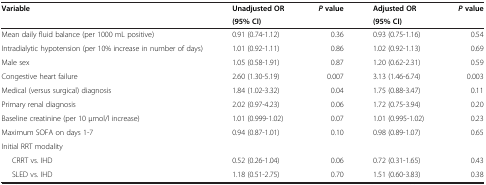
<table><thead><tr><td rowspan="2"><b>Variable</b></td><td><b>Unadjusted OR</b></td><td rowspan="2"><b><i>P</i>value</b></td><td><b>Adjusted OR</b></td><td rowspan="2"><b><i>P</i>value</b></td></tr><tr><td><b>(95% CI)</b></td><td><b>(95% CI)</b></td></tr></thead><tbody><tr><td>Mean daily fluid balance (per 1000 mL positive)</td><td>0.91 (0.74-1.12)</td><td>0.36</td><td>0.93 (0.75-1.16)</td><td>0.54</td></tr><tr><td>Intradialytic hypotension (per 10% increase in number of days)</td><td>1.01 (0.92-1.11)</td><td>0.86</td><td>1.02 (0.92-1.13)</td><td>0.69</td></tr><tr><td>Male sex</td><td>1.05 (0.58-1.91)</td><td>0.87</td><td>1.20 (0.62-2.31)</td><td>0.59</td></tr><tr><td>Congestive heart failure</td><td>2.60 (1.30-5.19)</td><td>0.007</td><td>3.13 (1.46-6.74)</td><td>0.003</td></tr><tr><td>Medical (versus surgical) diagnosis</td><td>1.84 (1.02-3.32)</td><td>0.04</td><td>1.75 (0.88-3.47)</td><td>0.11</td></tr><tr><td>Primary renal diagnosis</td><td>2.02 (0.97-4.23)</td><td>0.06</td><td>1.72 (0.75-3.94)</td><td>0.20</td></tr><tr><td>Baseline creatinine (per 10 μmol/l increase)</td><td>1.01 (0.999-1.02)</td><td>0.07</td><td>1.01 (0.995-1.02)</td><td>0.23</td></tr><tr><td>Maximum SOFA on days 1-7</td><td>0.94 (0.87-1.01)</td><td>0.10</td><td>0.98 (0.89-1.07)</td><td>0.65</td></tr><tr><td colspan="5">Initial RRT modality</td></tr><tr><td>CRRT vs. IHD</td><td>0.52 (0.26-1.04)</td><td>0.06</td><td>0.72 (0.31-1.65)</td><td>0.43</td></tr><tr><td>SLED vs. IHD</td><td>1.18 (0.51-2.75)</td><td>0.70</td><td>1.51 (0.60-3.83)</td><td>0.38</td></tr></tbody></table>